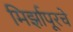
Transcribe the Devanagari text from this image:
मिर्झापूरचे